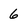
Character: 6